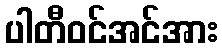
ပါတီဝင်အင်အား